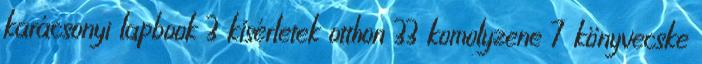
karácsonyi lapbook 3 kísérletek otthon 33 komolyzene 7 könyvecske